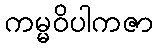
ကမ္မဝိပါကဇာ